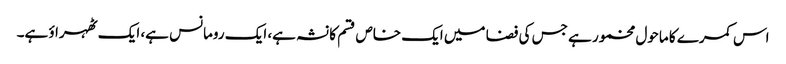
اس کمرے کا ماحول مخمور ہے جس کی فضا میں ایک خاص قسم کا نشہ ہے، ایک رومانس ہے، ایک ٹھہراؤ ہے۔